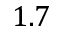
1 . 7